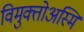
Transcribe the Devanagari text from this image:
विमुक्तोअस्मि